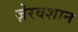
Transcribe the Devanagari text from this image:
ज़ेरवशान